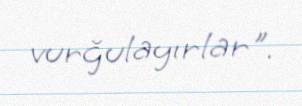
vurğulayırlar".